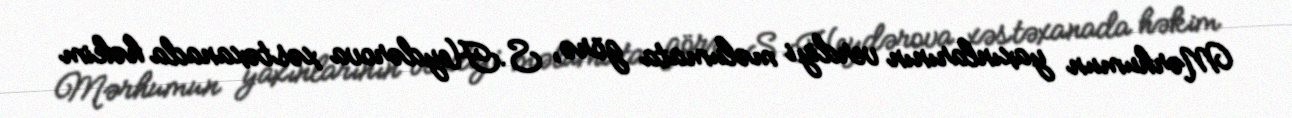
Mərhumun yaxınlarının verdiyi məlumata görə, S.Heydərova xəstəxanada həkim